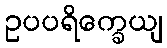
ဥပပရိက္ခေယျ